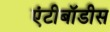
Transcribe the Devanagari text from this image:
एंटीबॉडीस